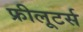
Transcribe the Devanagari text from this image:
फ्रीलूटर्स